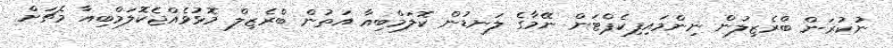
ނުކުރަން ބްރެޒިލުން ނިންމައިފިކެޕްޓަން ނޭމާގެ ލަނޑުން ކޮލަމްބިއާ އަތުން ބްރެޒިލް މޮޅުވެއްޖެކޮލަމްބިއާ މެޗަށް